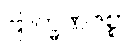
ဗြာဟ္မဏဇစ္စာ